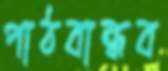
পাঠবান্ধব